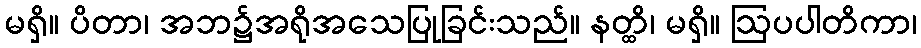
မရှိ။ ပိတာ၊ အဘ၌အရိုအသေပြုခြင်းသည်။ နတ္ထိ၊ မရှိ။ ဩပပါတိကာ၊